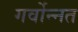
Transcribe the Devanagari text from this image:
गर्वोन्‍नत